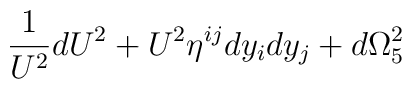
\frac{1}{U^2}dU^2+U^2\eta^{ij}dy_i dy_j+d\Omega_{5}^{2}